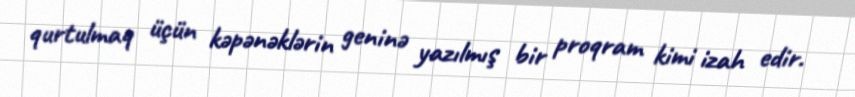
qurtulmaq üçün kəpənəklərin geninə yazılmış bir proqram kimi izah edir.